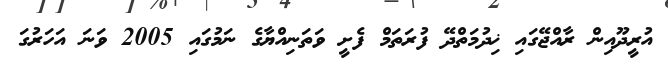
އުރީދޫއިން ރާއްޖޭގައި ޚިދުމަތްދޭ ފުރަތަމް ފެށީ ވަތަނިއްޔާގެ ނަމުގައި 2005 ވަނަ އަހަރުގަ